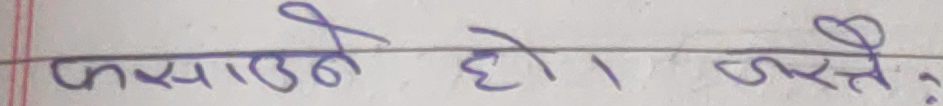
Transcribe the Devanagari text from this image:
फसाउने हो । जस्तो ?